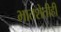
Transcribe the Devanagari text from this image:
भातशेतीही